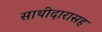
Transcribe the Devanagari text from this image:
साथीदारासह